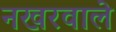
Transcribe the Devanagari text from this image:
नखरवाले